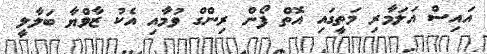
އައިސް އަލަމާރި މަތީގައި އޮތް ފޯން ރިންގް ވުމާއި އެކު ޒާވްޔާ ބަލާލީ